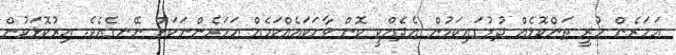
އަހަރެން ހުރީ ތަންކޮޅެއް ދުރުގައިކަމުން އެދެއްކީ ކޮން ވާހަކައެއްކަމެއް އަހަރެންނަކަށް ނޭނގެއެވެ. އިރުކޮޅަކުން